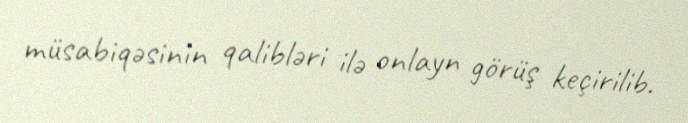
müsabiqəsinin qalibləri ilə onlayn görüş keçirilib.